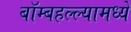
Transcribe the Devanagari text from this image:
बॉम्बहल्ल्यामध्ये